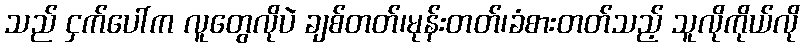
သည် ငှက်ပေါ်က လူတွေလိုပဲ ချစ်တတ်၊မုန်းတတ်၊ခံစားတတ်သည့် သူလိုကိုယ်လို